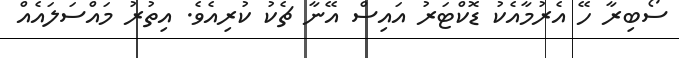
ސޯބިރާ ހޭ އެރުމާއެކު ޑޮކްޓަރު އައިސް އޭނާ ޗެކު ކުރިއެވެ. އިތުރު މައްސަލައެއް